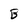
Character: B